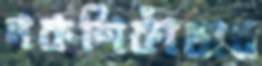
নকশিকাঁথার